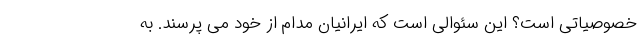
خصوصیاتی است؟ این سئوالی است که ایرانیان مدام از خود می پرسند. به